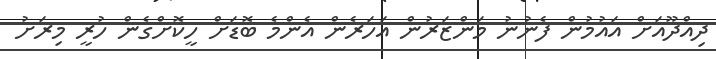
ދިއްދޫއަށް އައުމުން ފެނުނު މަންޒަރުން އަހަރެން އެންމެ ބޮޑަށް ހީކޮށްގެން ހުރީ މިރަށު